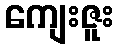
ကျေးဇူး